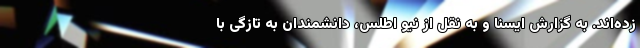
زده‌اند. به گزارش ایسنا و به نقل از نیو اطلس، دانشمندان به تازگی با